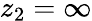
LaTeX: z_{2}=\infty